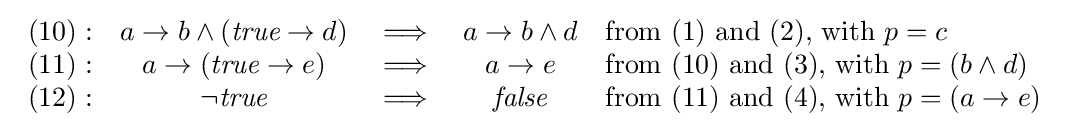
{\begin{array}{rcccl}(10):&a\rightarrow b\land ({\textit {true}}\rightarrow d)&\implies &a\rightarrow b\land d&{\mbox{from (1) and (2), with }}p=c\\(11):&a\rightarrow ({\textit {true}}\rightarrow e)&\implies &a\rightarrow e&{\mbox{from (10) and (3), with }}p=(b\land d)\\(12):&\lnot {\textit {true}}&\implies &{\textit {false}}&{\mbox{from (11) and (4), with }}p=(a\rightarrow e)\\\end{array}}